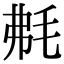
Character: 𣭘